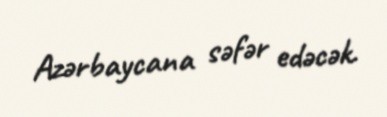
Azərbaycana səfər edəcək.